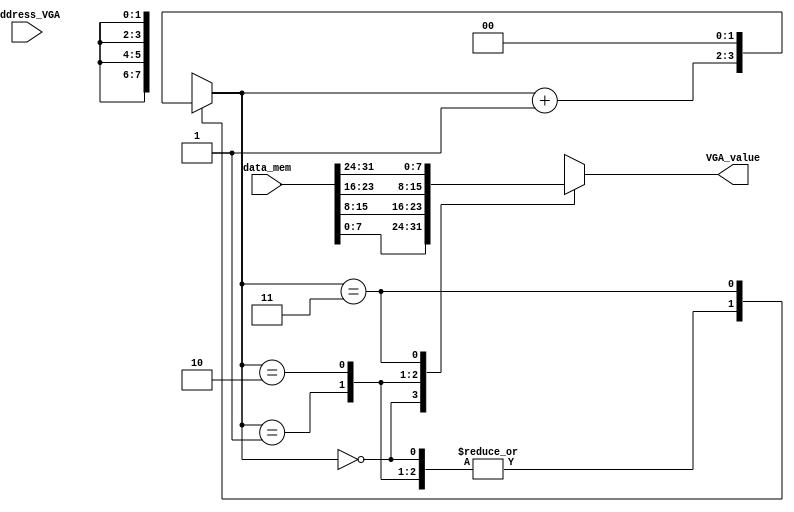
module mapeo (address_VGA, data_mem, VGA_value);
input [16:0] address_VGA;
input [31:0] data_mem;
output reg [7:0] VGA_value;




reg [1:0] cont;

always @(address_VGA)
	begin 
		case (cont)
		2'd0 : 
			begin
				cont = cont + 1;
				VGA_value = data_mem[7:0];
			end
		2'd1 : 
			begin
				cont = cont + 1;
				VGA_value = data_mem[15:8];
			end
		2'd2 : 
			begin
				cont = cont + 1;
				VGA_value = data_mem[23:16];
			end
		2'd3 : 
			begin
				cont = 0;
				VGA_value = data_mem[31:24];
			end
		default:
			begin
				cont = 0;
				VGA_value = data_mem[31:24];
			end
		endcase
	end

 initial begin
     cont = 0;
  end

endmodule